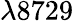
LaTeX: \lambda 8729